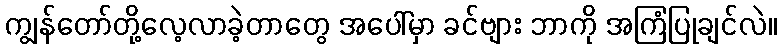
ကျွန်တော်တို့လေ့လာခဲ့တာတွေ အပေါ်မှာ ခင်ဗျား ဘာကို အကြံပြုချင်လဲ။